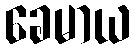
ခေမာယ